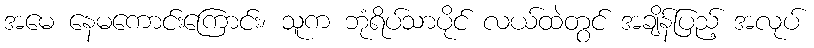
အမေ နေမကောင်းကြောင်း၊ သူက ဘုံရိပ်သာပိုင် လယ်ထဲတွင် အချိန်ပြည့် အလုပ်